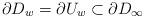
LaTeX: \begin{gather*}\partial D_w=\partial U_w\subset\partial D_\infty \end{gather*}